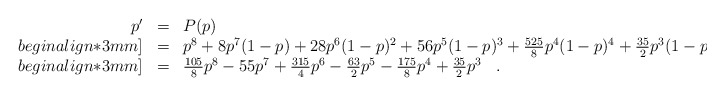
\begin{align*}\begin{array}{rcl}p'& = & P(p)\\begin{align*}3mm]& = & p^8+8p^7(1-p)+28p^6(1-p)^2+56p^5(1-p)^3+\frac{525}{8}p^4(1-p)^4+\frac{35}{2}p^3(1-p)^5 \\begin{align*}3mm]& = & \frac{105}{8}p^8-55p^7+\frac{315}{4}p^6-\frac{63}{2}p^5-\frac{175}{8}p^4+\frac{35}{2}p^3\,\,\,\,\,.\,\,\,\,\,\end{array}\end{align*}